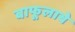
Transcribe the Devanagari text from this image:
बाफूलाबे